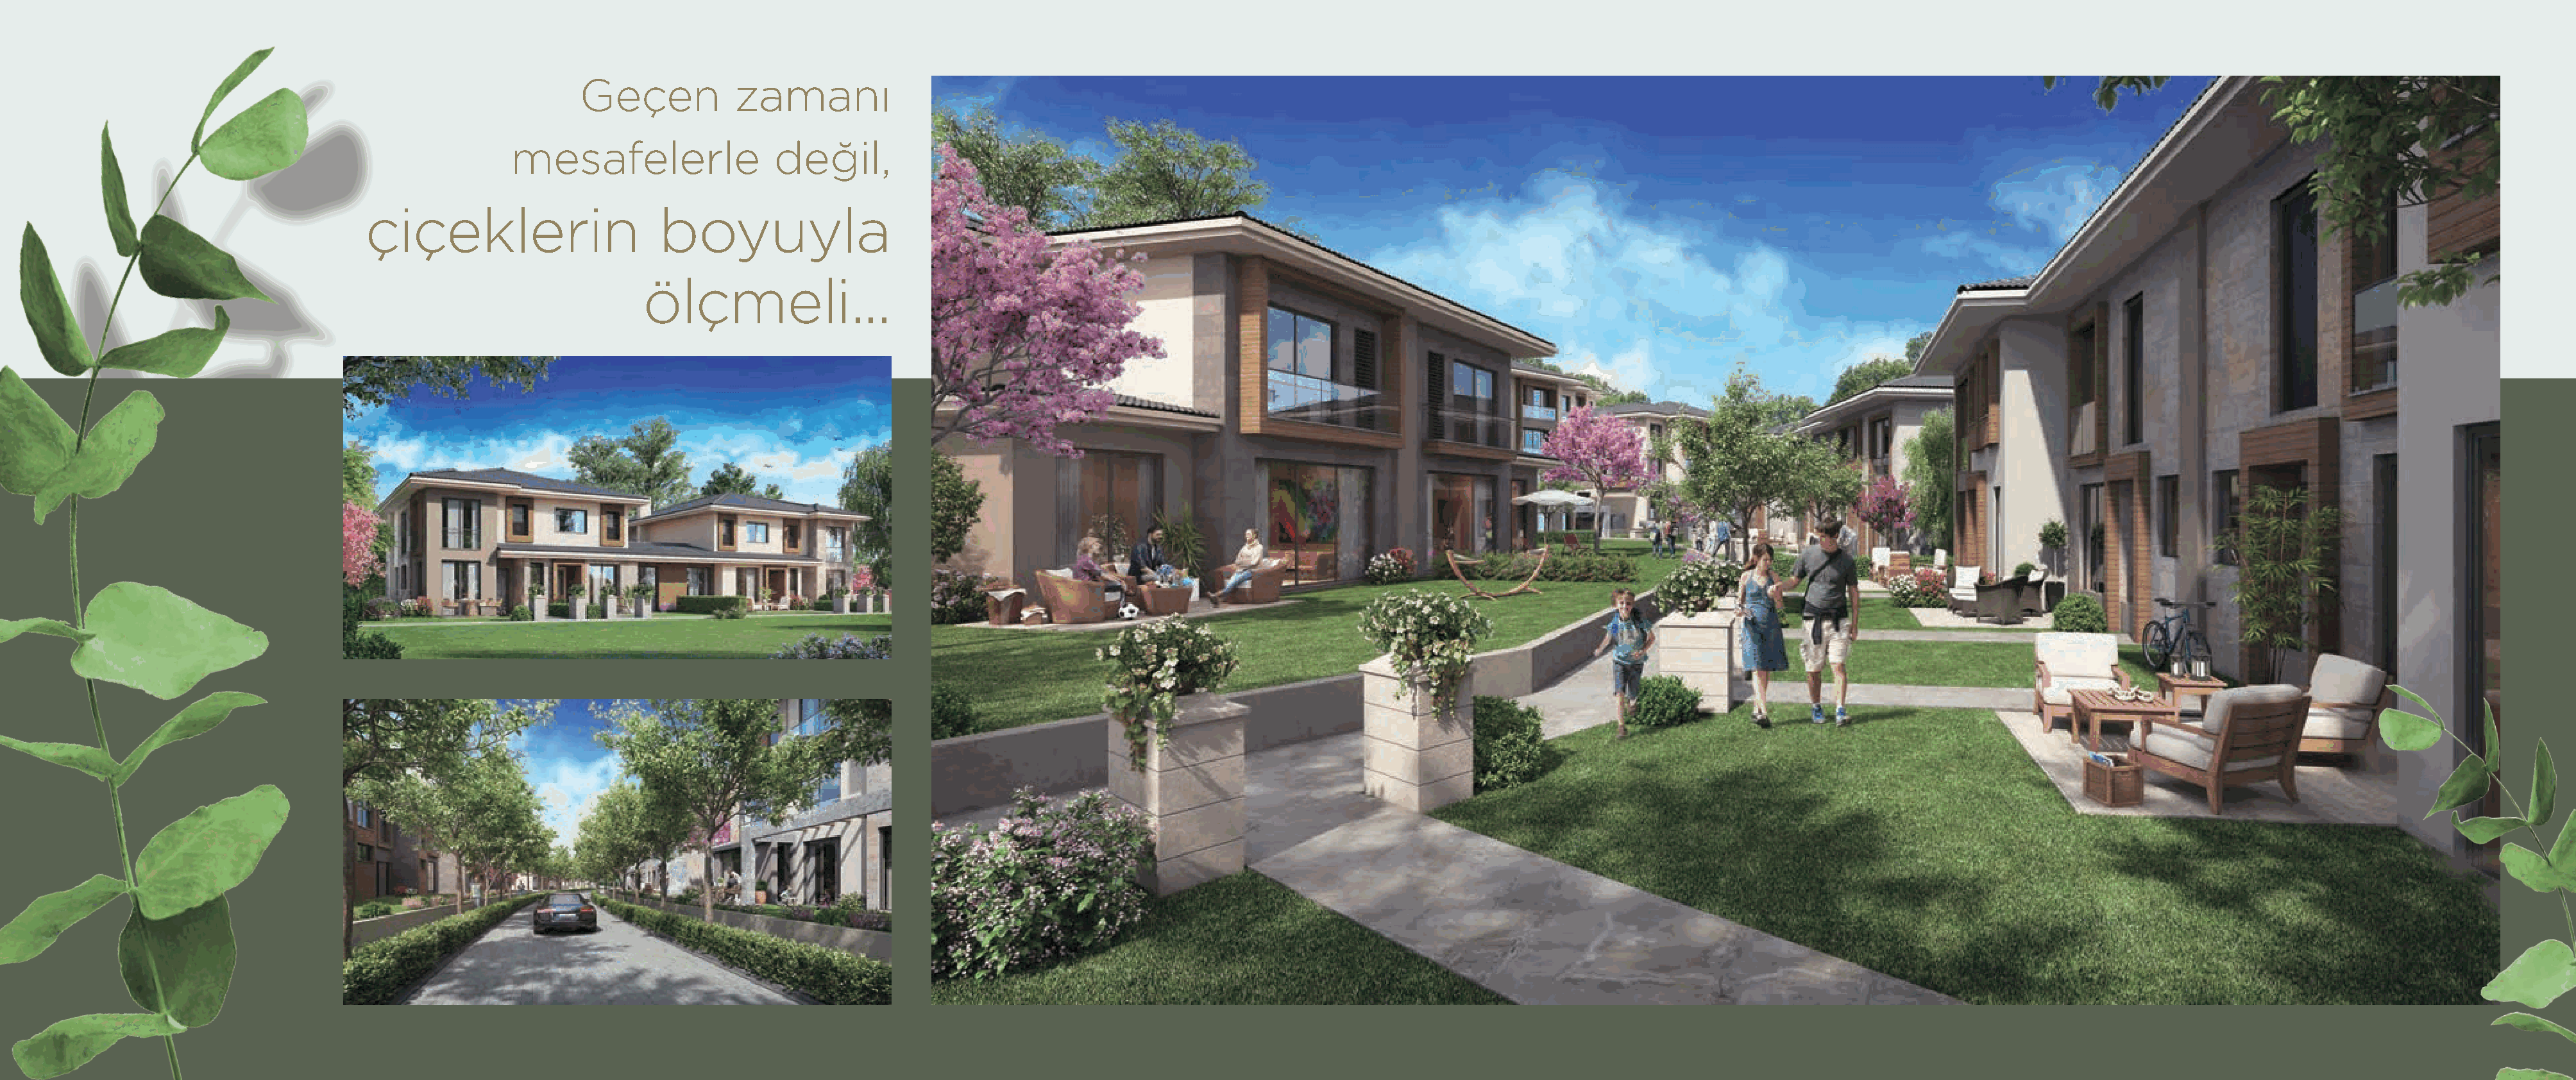
Geçen           zamanı
 mesafelerle                değil,
 çiçeklerin                    boyuyla
 ölçmeli...